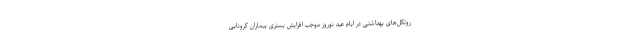
روتکل‌های بهداشتی در ایام عید نوروز موجب افزایش بستری بیماران کرونایی